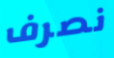
نصرف